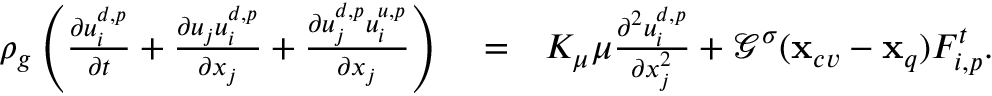
\begin{array} { r l r } { \rho _ { g } \left( \frac { \partial u _ { i } ^ { d , p } } { \partial t } + \frac { \partial u _ { j } u _ { i } ^ { d , p } } { \partial x _ { j } } + \frac { \partial u _ { j } ^ { d , p } u _ { i } ^ { u , p } } { \partial x _ { j } } \right) } & { { } = } & { { K _ { \mu } \mu } \frac { \partial ^ { 2 } { u _ { i } ^ { d , p } } } { \partial x _ { j } ^ { 2 } } + { \mathcal G } ^ { \sigma } ( \mathbf { x } _ { c v } - \mathbf { x } _ { q } ) F _ { i , p } ^ { t } . } \end{array}